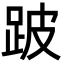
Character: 跛